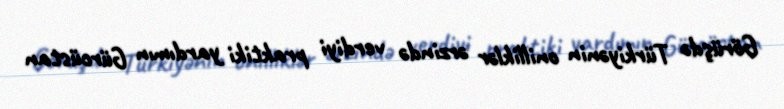
Görüşdə Türkiyənin onilliklər ərzində verdiyi praktiki yardımın Gürcüstan